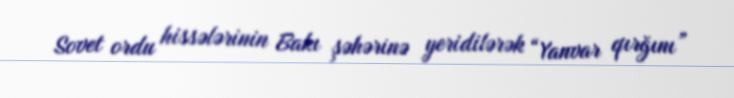
Sovet ordu hissələrinin Bakı şəhərinə yeridilərək “Yanvar qırğını”